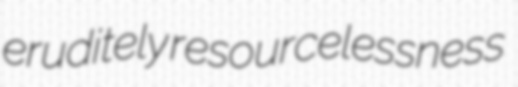
eruditely resourcelessness